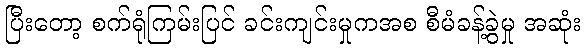
ပြီးတော့ စက်ရုံကြမ်းပြင် ခင်းကျင်းမှုကအစ စီမံခန့်ခွဲမှု အဆုံး